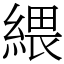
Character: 䋿